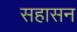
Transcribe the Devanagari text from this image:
सहासन